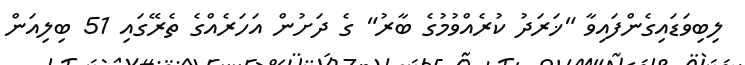
ލިބިވަޑައިގެންފައިވާ "ޚަރަދު ކުރެއްވުމުގެ ބާރު" ގެ ދަށުން އަހަރެއްގެ ތެރޭގައި 51 ބިލިއަން